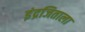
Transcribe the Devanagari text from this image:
इंद्रजिताला